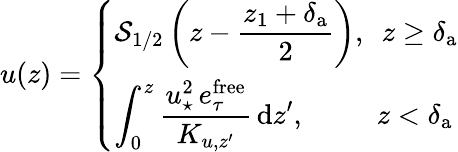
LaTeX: u(z)=\left\{ \begin{array}{ll}{\displaystyle{{\cal S}_{1/2}}\left(z-\frac{z_{1}+\delta_{\mathrm{a}}}{2}\right),~~z\geq\delta_{\mathrm{a}}}\\ {\displaystyle\int_{0}^{z}\frac{u_{\star}^{2}\, e_{\tau}^{\mathrm{free}}}{K_{u,z^{\prime}}}\, \mathrm{d}z^{\prime},~~~~~~~~~~z<\delta_{\mathrm{a}}}\end{array}\right.